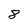
Character: 8